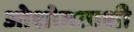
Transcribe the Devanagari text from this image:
ओशोमताशी